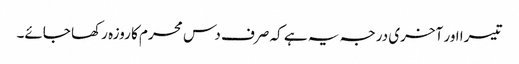
تیسرا اور آخری درجہ یہ ہے کہ صرف دس محرم کا روزہ رکھا جائے۔